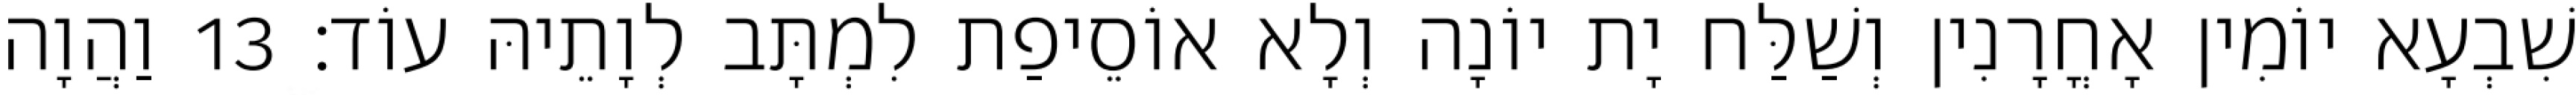
שִׁבְעָא יוֹמִין אָחֳרָנִין וְשַׁלַּח יָת יוֹנָה וְלָא אוֹסֵיפַת לִמְתָּב לְוָתֵיהּ עוֹד׃ 13 וַהֲוָה